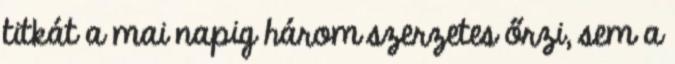
titkát a mai napig három szerzetes őrzi, sem a